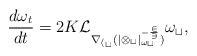
\begin{align*} \frac{d \omega_t}{d t} = 2K\cal{L}_{\nabla_{h_t} (|\Omega_t|_{\omega_t}^{-\frac{2}{3}})} \omega_t,\end{align*}